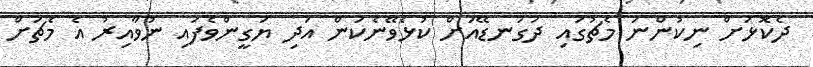
ދެކޮޅަށް ނިކުންނަ މެޗުގައި ދަގަނޑޭއަށް ކުޅެވޭނެކަން އަދި ޔަގީންވެފައި ނުވާއިރު އެ މެޗަށް